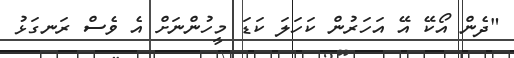
"ދެން އޯކޭ އޭ އަހަރުން ކަހަލަ ކަޑަ މީހުންނަށް އެ ވެސް ރަނގަޅު